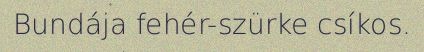
Bundája fehér-szürke csíkos.